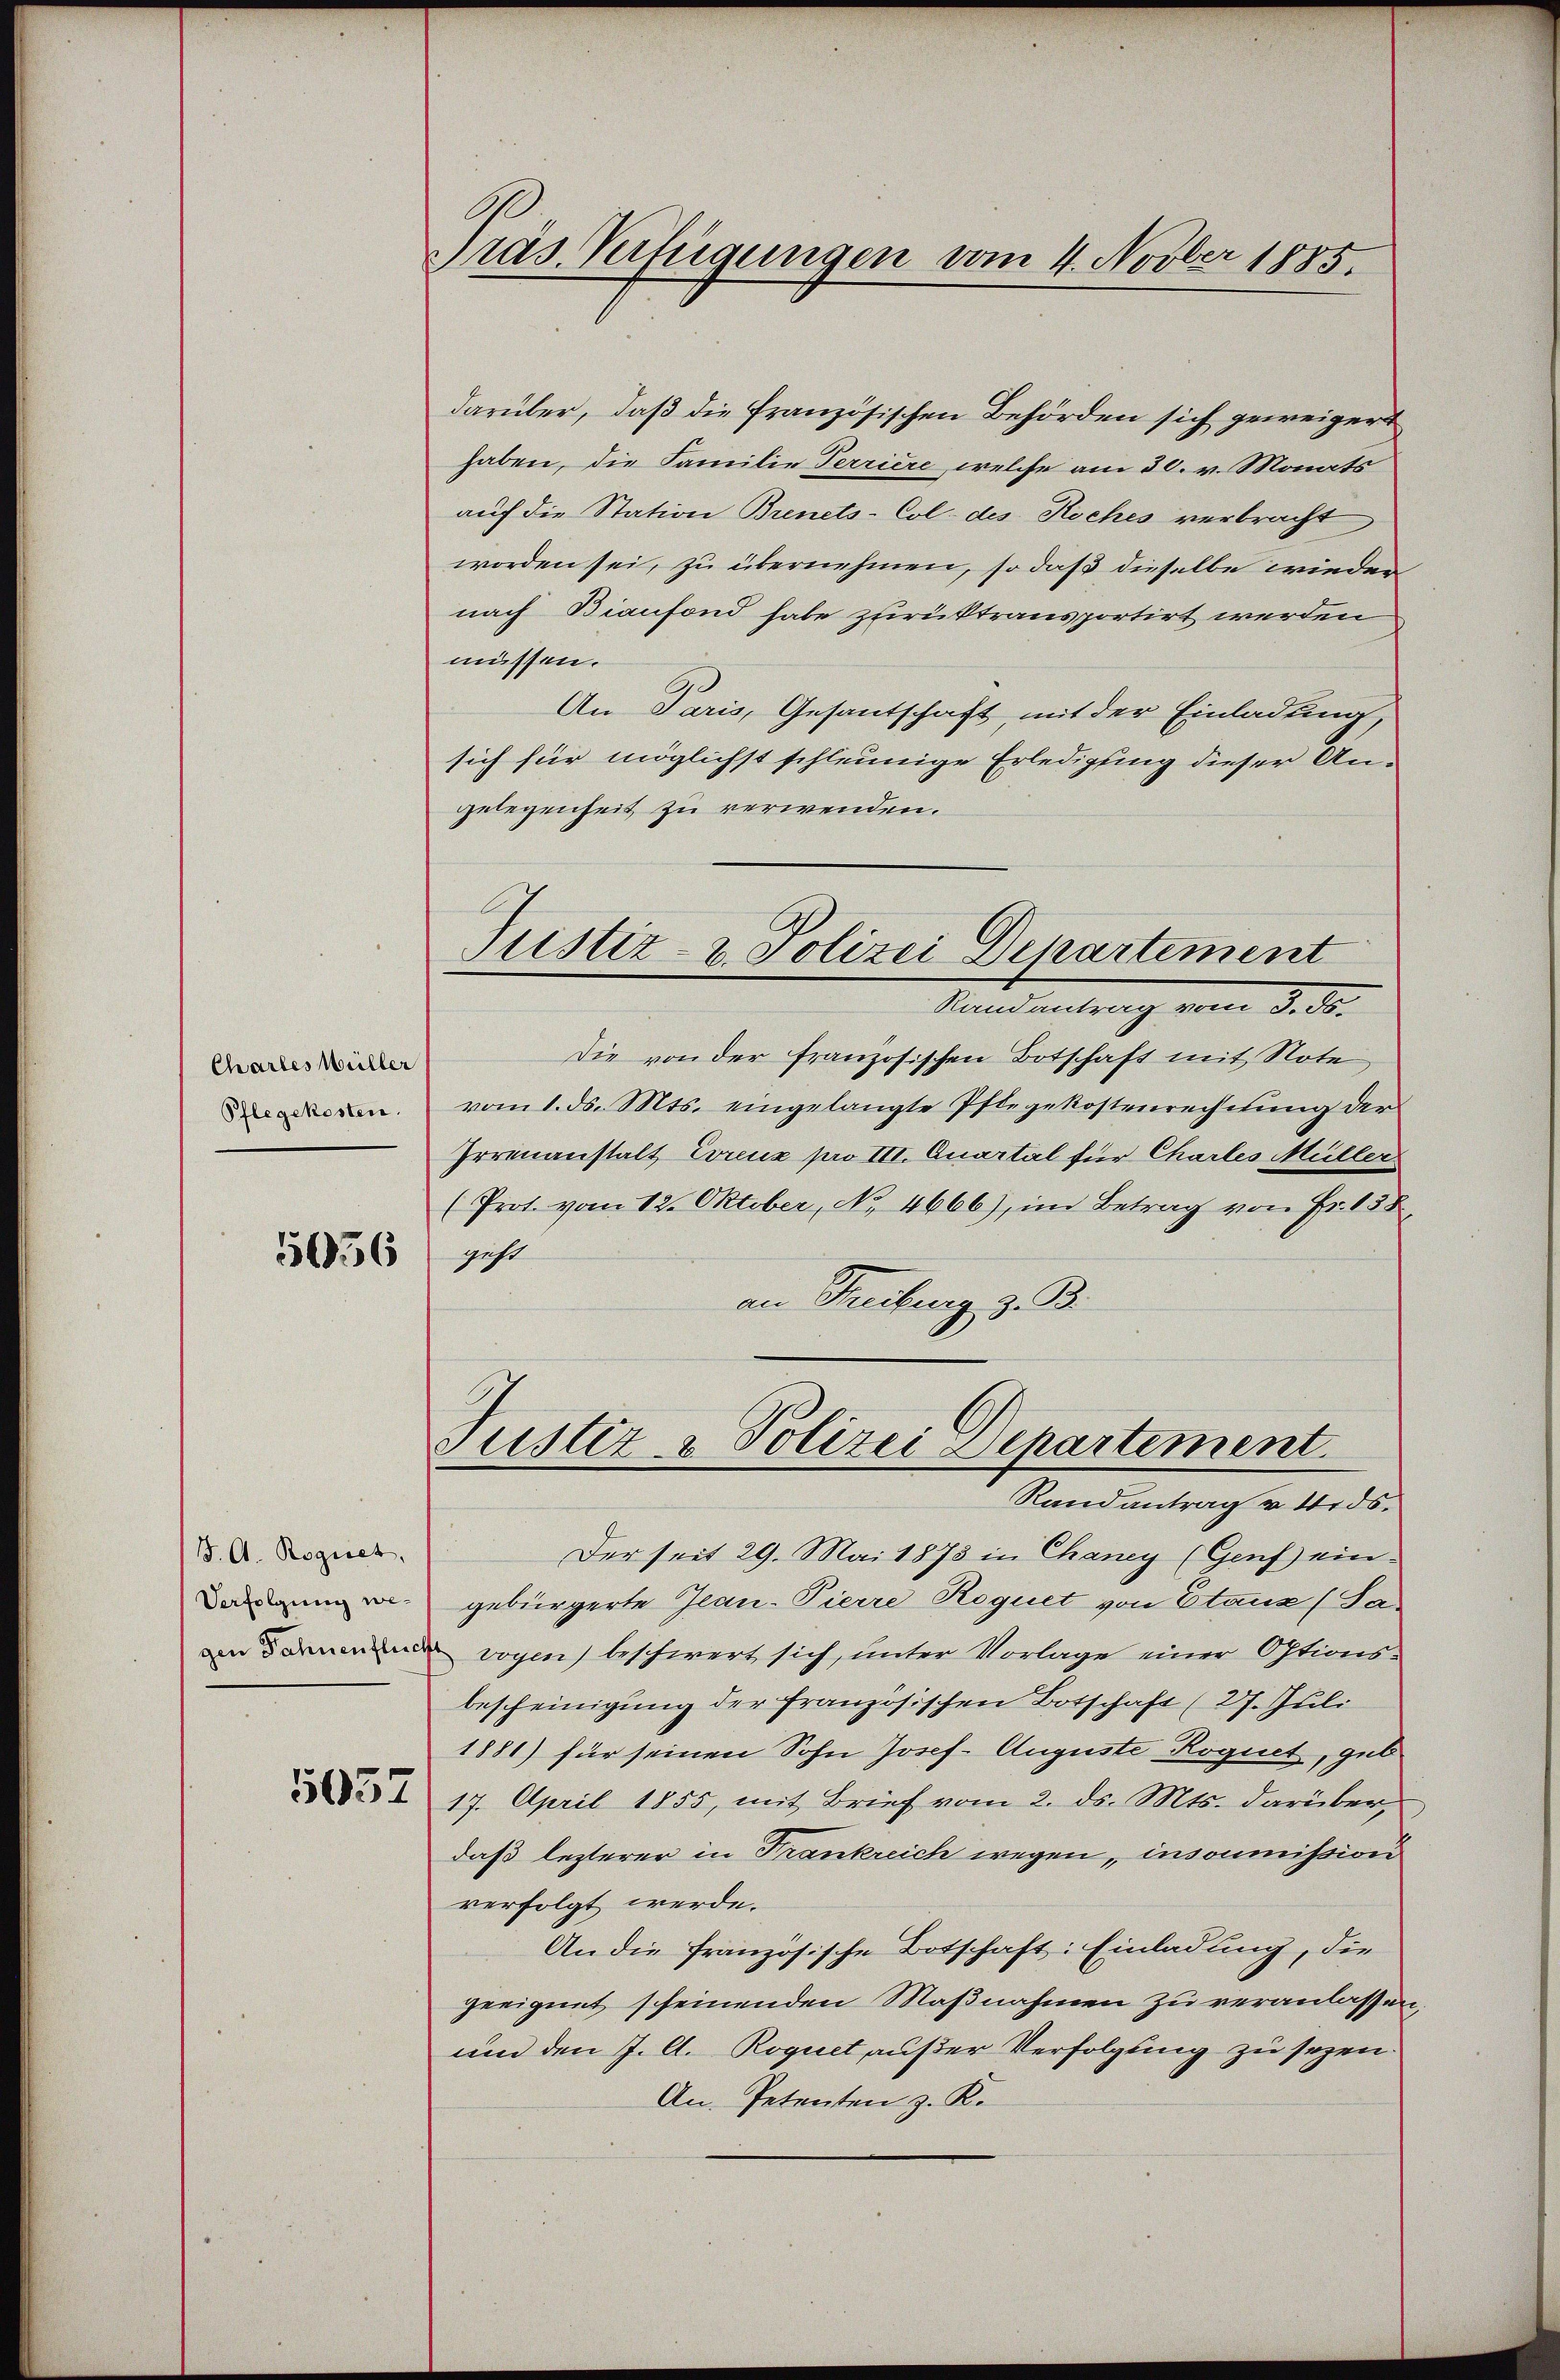
Chartes Müller
Pflegekosten.

5056

J. A. Rogiret,
Verfolgung wegen Fahnenflic

5037

räs. Verfügungen vom 4. Novber 1885.

Justiz- & Polizei Departement

darüber, daß die Französischen Behörden sich geweigert
haben, die Familie Terriere, welche am 30. v. Monats
auf die Station Brenets-Col. des Koches verbracht
worden sei, zu übernehmen, so daß dieselbe wieder
nach Bianfond habe zurücktransportirt werden
müssen.
An Paris, Gesantschaft, mit der Einladung,
sich für möglichst schleunige Erledigung dieser Angelegenheit zu verwenden.
Kandentrag vom 3. d.
Die von der französischen Botschaft mit Note,
vom 1. ds. Mts. eingelangte Pflegekostenrechnung der
Irrenanstalt Lorenz pro III. Quartal für Chartes Müller
(Prot. vom 12. Oktober, No. 4666), im Betrag von Fr. 158
geht
an Treiburg z. B.
Justiz- & Polizei Departement
Randantrag v. 4. ds.
Der seit 29. Mai 1878 in Chancy (Genf eingebürgerte Jean-Pierre Roguet von Etaux (Savogen) beschwert sich, unter Vorlage einer Optionsbescheinigung der französischen Botschaft (27. Juli
1881) für seinen Sohn Josef. Auguste Roguet, geb
17. April 1855, mit Brief vom 2. ds. Mts. darüber,
daß lezterer in Frankreich wegen insommission
verfolgt werde.
An die französische Botschaft: Einladung, die
geeignet scheinenden Maßnahmen zu veranlassen,
und den J. A. Roquet außer Verfolgung zu sezen.
An. Petenten z. K.